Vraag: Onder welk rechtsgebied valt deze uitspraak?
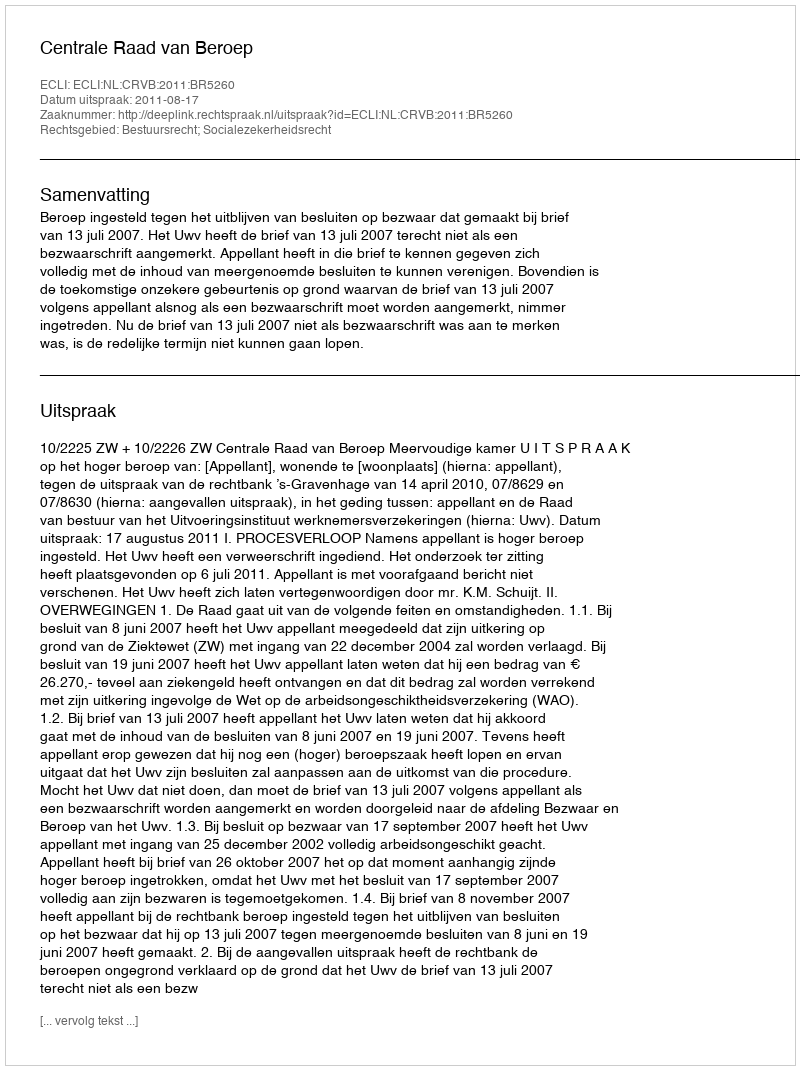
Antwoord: Bestuursrecht; Socialezekerheidsrecht